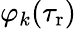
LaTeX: \varphi_{k}(\tau_{\mathrm{r}})